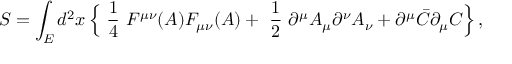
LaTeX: S = \int _ { E } d ^ { 2 } x \, \Bigr \{ \mathrm { ~ \frac { 1 } { 4 } ~ } F ^ { \mu \nu } ( A ) F _ { \mu \nu } ( A ) + \mathrm { ~ \frac { 1 } { 2 } ~ } \partial ^ { \mu } A _ { \mu } \partial ^ { \nu } A _ { \nu } + \partial ^ { \mu } \bar { C } \partial _ { \mu } C \Bigr \} \, ,